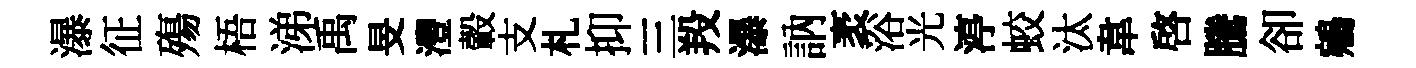
瀑征殤梧涕禹旻灃轂支札抑三羖瀑訥袤浴光渟蛟汰韋啟騰卻鵷